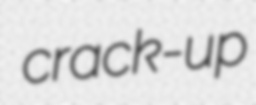
crack-up